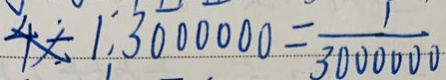
4 \div 1 : 3 0 0 0 0 0 0 = \frac { 1 } { 3 0 0 0 0 0 0 }